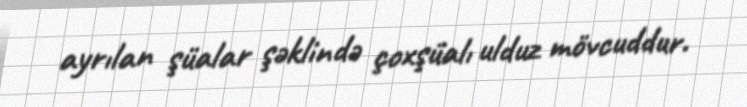
ayrılan şüalar şəklində çoxşüalı ulduz mövcuddur.